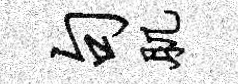
句肌